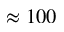
\approx 1 0 0